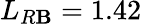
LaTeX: L_{R\mathbf{B}}=1.42